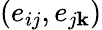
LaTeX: (e_{ij},e_{j\mathbf{k}})